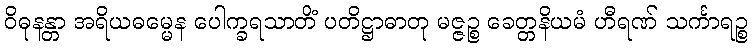
ဝိဓုနန္တာ အရိယဓမ္မေန ပေါက္ခရသာတိံ ပတိဋ္ဌာဓာတု မဇ္ဇဉ္စ ခေတ္တနိယမံ ဟီရဏ် သင်္ကာရဉ္စ